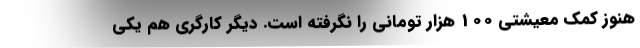
هنوز کمک معیشتی 100 هزار تومانی را نگرفته است. دیگر کارگری هم یکی